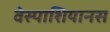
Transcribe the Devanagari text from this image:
वेस्पाशियानस